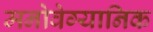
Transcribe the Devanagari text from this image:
मनोवेग्यानिक